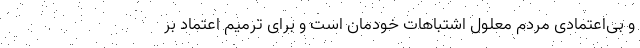
و بی‌اعتمادی مردم معلول اشتباهات خودمان است و برای ترمیم اعتماد بر